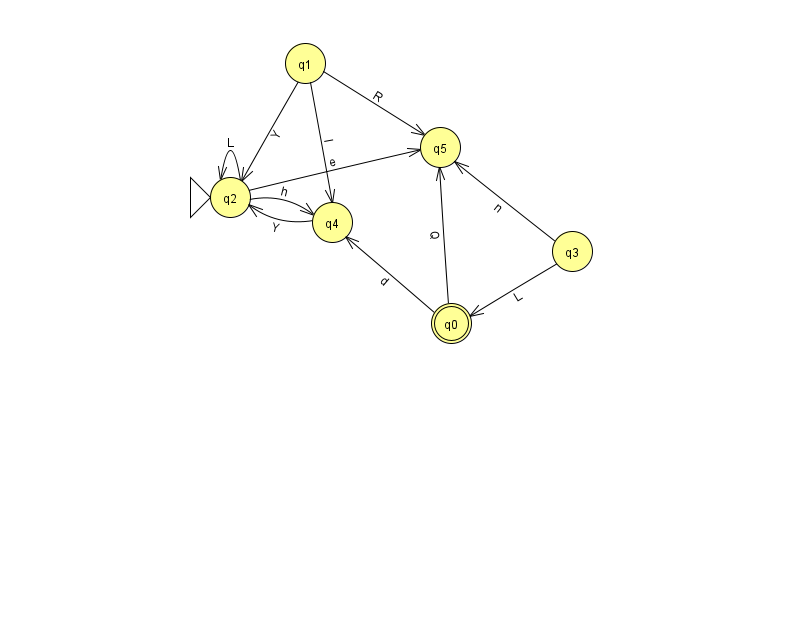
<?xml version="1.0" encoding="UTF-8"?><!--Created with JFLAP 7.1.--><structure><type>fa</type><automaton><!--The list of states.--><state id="0" name="q0"><x>451.0</x><y>310.0</y><final/></state><state id="1" name="q1"><x>305.0</x><y>50.0</y></state><state id="2" name="q2"><x>230.0</x><y>184.0</y><initial/></state><state id="3" name="q3"><x>572.0</x><y>238.0</y></state><state id="4" name="q4"><x>332.0</x><y>209.0</y></state><state id="5" name="q5"><x>440.0</x><y>134.0</y></state><!--The list of transitions.--><transition><from>0</from><to>5</to><read>Q</read></transition><transition><from>3</from><to>0</to><read>L</read></transition><transition><from>3</from><to>5</to><read>n</read></transition><transition><from>2</from><to>4</to><read>h</read></transition><transition><from>4</from><to>2</to><read>Y</read></transition><transition><from>0</from><to>4</to><read>d</read></transition><transition><from>2</from><to>5</to><read>e</read></transition><transition><from>1</from><to>2</to><read>Y</read></transition><transition><from>2</from><to>2</to><read>L</read></transition><transition><from>1</from><to>4</to><read>l</read></transition><transition><from>1</from><to>5</to><read>R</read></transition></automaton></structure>